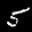
Label: 5